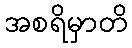
အစရိမှာတိ